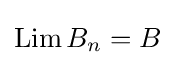
\mathop {\mathrm {Lim} } B_{n}=B